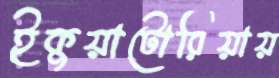
ইকুয়াটোরিয়ায়